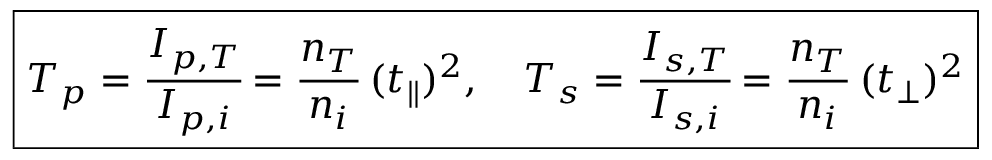
\boxed { T _ { p } = \cfrac { I _ { p , T } } { I _ { p , i } } = \cfrac { n _ { T } } { n _ { i } } \; ( t _ { \parallel } ) ^ { 2 } , \quad T _ { s } = \cfrac { I _ { s , T } } { I _ { s , i } } = \cfrac { n _ { T } } { n _ { i } } \; ( t _ { \perp } ) ^ { 2 } }